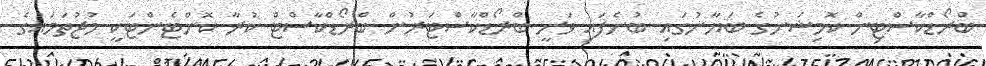
ބްރޯޑްކާސްޓިން ކޮމިޝަނުގެ ބަޔާނުގައި ބުނެފައި ވަނީ ބްރޯޑްކާސްޓަރުން ބްރޯޑްކާސްޓް ކުރާ ކޮންޓެންޓަކީ މުޖުތަމައުގެ